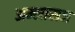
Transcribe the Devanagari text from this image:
अम्लाराज